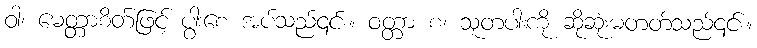
ဝါ၊ မေတ္တာစိတ်ဖြင့် ပွါးစေ အပ်သည်၎င်း။ ဝတ္တာ စ၊ သူတပါးကို ဆိုဆုံးမတတ်သည်၎င်း။